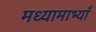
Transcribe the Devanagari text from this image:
मध्यामाभ्याँ